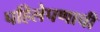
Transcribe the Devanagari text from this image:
पहिलेपणाची